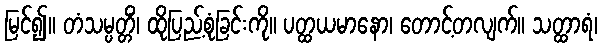
မြင်၍။ တံသမ္ပတ္တိံ၊ ထိုပြည့်စုံခြင်းကို။ ပတ္ထယမာနော၊ တောင့်တလျက်။ သတ္ထာရံ၊